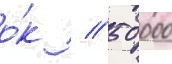
о́к // 50 000